Vaccination in Burma 1920-1933 - 1920-1933
Year: 1920
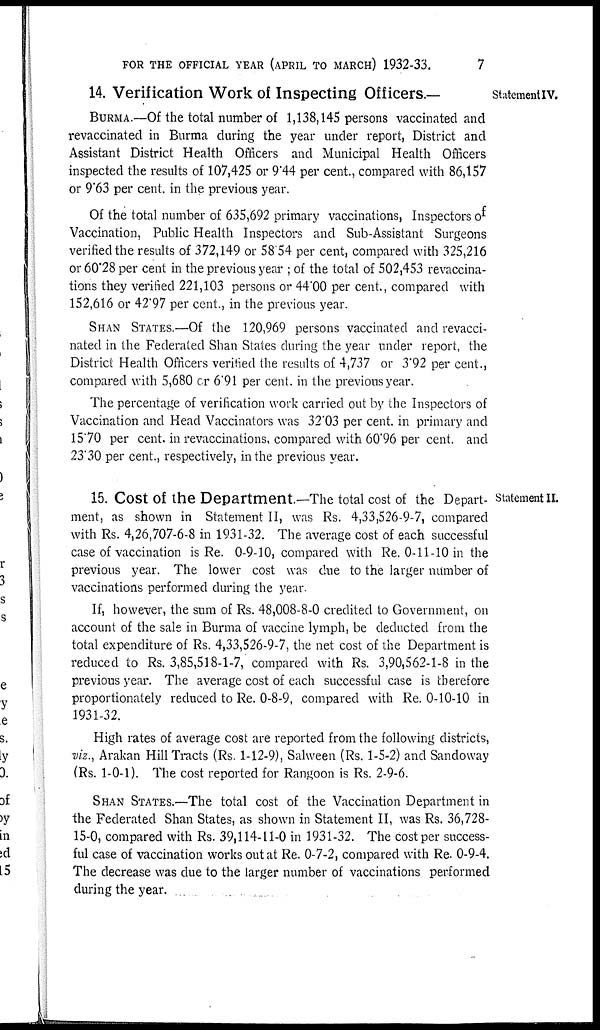
FOR THE OFFICIAL YEAR (APRIL TO MARCH) 1932-33.
7
Statement IV.
14. Verification Work of Inspecting Officers.—
BURMA.—Of the total number of 1,138,145 persons vaccinated and
revaccinated in Burma during the year under report, District and
Assistant District Health Officers and Municipal Health Officers
inspected the results of 107,425 or 9.44 per cent., compared with 86,157
or 9.63 per cent. in the previous year.
Of the total number of 635,692 primary vaccinations, Inspectors of
Vaccination, Public Health Inspectors and Sub-Assistant Surgeons
verified the results of 372,149 or 58.54 per cent, compared with 325,216
or 60.28 per cent in the previous year ; of the total of 502,453 revaccina-
tions they verified 221,103 persons or 44.00 per cent., compared with
152,616 or 42.97 per cent., in the previous year.
SHAN STATES.—Of the 120,969 persons vaccinated and revacci-
nated in the Federated Shan States during the year under report, the
District Health Officers verified the results of 4,737 or 3.92 per cent.,
compared with 5,680 cr 6.91 per cent. in the previous year.
The percentage of verification work carried out by the Inspectors of
Vaccination and Head Vaccinators was 32.03 per cent. in primary and
15.70 per cent. in revaccinations, compared with 60.96 per cent. and
23.30 per cent., respectively, in the previous year.
Statement II.
15. Cost of the Department.—The total cost of the Depart-
ment, as shown in Statement II, was Rs. 4,33,526-9-7, compared
with Rs. 4,26,707-6-8 in 1931-32. The average cost of each successful
case of vaccination is Re. 0-9-10, compared with Re. 0-11-10 in the
previous year. The lower cost was due to the larger number of
vaccinations performed during the year.
If, however, the sum of Rs. 48,008-8-0 credited to Government, on
account of the sale in Burma of vaccine lymph, be deducted from the
total expenditure of Rs. 4,33,526-9-7, the net cost of the Department is
reduced to Rs. 3,85,518-1-7, compared with Rs. 3,90,562-1-8 in the
previous year. The average cost of each successful case is therefore
proportionately reduced to Re. 0-8-9, compared with Re. 0-10-10 in
1931-32.
High rates of average cost are reported from the following districts,
viz., Arakan Hill Tracts (Rs. 1-12-9), Salween (Rs. 1-5-2) and Sandoway
(Rs. 1-0-1). The cost reported for Rangoon is Rs. 2-9-6.
SHAN STATES.—The total cost of the Vaccination Department in
the Federated Shan States, as shown in Statement II, was Rs. 36,728-
15-0, compared with Rs. 39,114-11-0 in 1931-32. The cost per success-
ful case of vaccination works out at Re. 0-7-2, compared with Re. 0-9-4.
The decrease was due to the larger number of vaccinations performed
during the year.